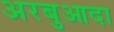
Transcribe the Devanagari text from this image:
अरबुआदा